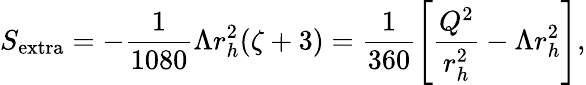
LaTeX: S_{\mathrm{{extra}}}=-\frac{1}{1080}\Lambda r_{h}^{2}(\zeta+3)=\frac{1}{360}\left[\frac{Q^{2}}{r_{h}^{2}}-\Lambda r_{h}^{2}\right],